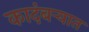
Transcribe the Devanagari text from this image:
कादंबऱ्यात